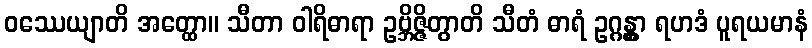
ဝဿေယျာတိ အတ္ထော။ သီတာ ဝါရိဓာရာ ဥဗ္ဘိဇ္ဇိတွာတိ သီတံ ဓာရံ ဥဂ္ဂန္တွာ ရဟဒံ ပူရယမာနံ